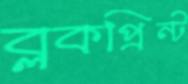
ব্লকপ্রিন্ট